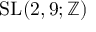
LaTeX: \operatorname { S L } ( 2 , 9 ; \mathbb { Z } )